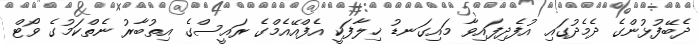
ދެބޭފުޅުންގެ ދެމެދުގައި އުފެދިފައިވާ މައިގަނޑު ޚިލާފަކީ އެފްއޭއެމްގެ ރައީސްގެ އިތުބާރު ނެތްކަމުގެ ވޯޓް